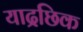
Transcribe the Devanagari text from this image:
याद्रछिक